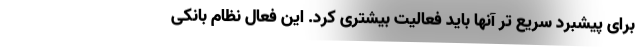
برای پیشبرد سریع تر آنها باید فعالیت بیشتری کرد. این فعال نظام بانکی